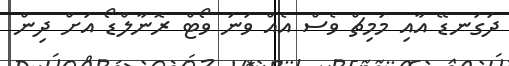
ދަގަނޑޭ އާއި މަމިޗް ވެސް އެއް ވަނަ ވޯޓް ރޮނާލްޑޯ އަށް ދިން